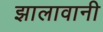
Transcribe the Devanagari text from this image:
झालावानी